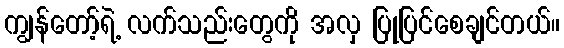
ကျွန်တော့်ရဲ့ လက်သည်းတွေကို အလှ ပြုပြင်စေချင်တယ်။